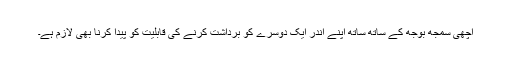
اچھی سمجھ بوجھ کے ساتھ ساتھ اپنے اندر ایک دوسرے کو برداشت کرنے کی قابلیت کو پیدا کرنا بھی لازم ہے۔